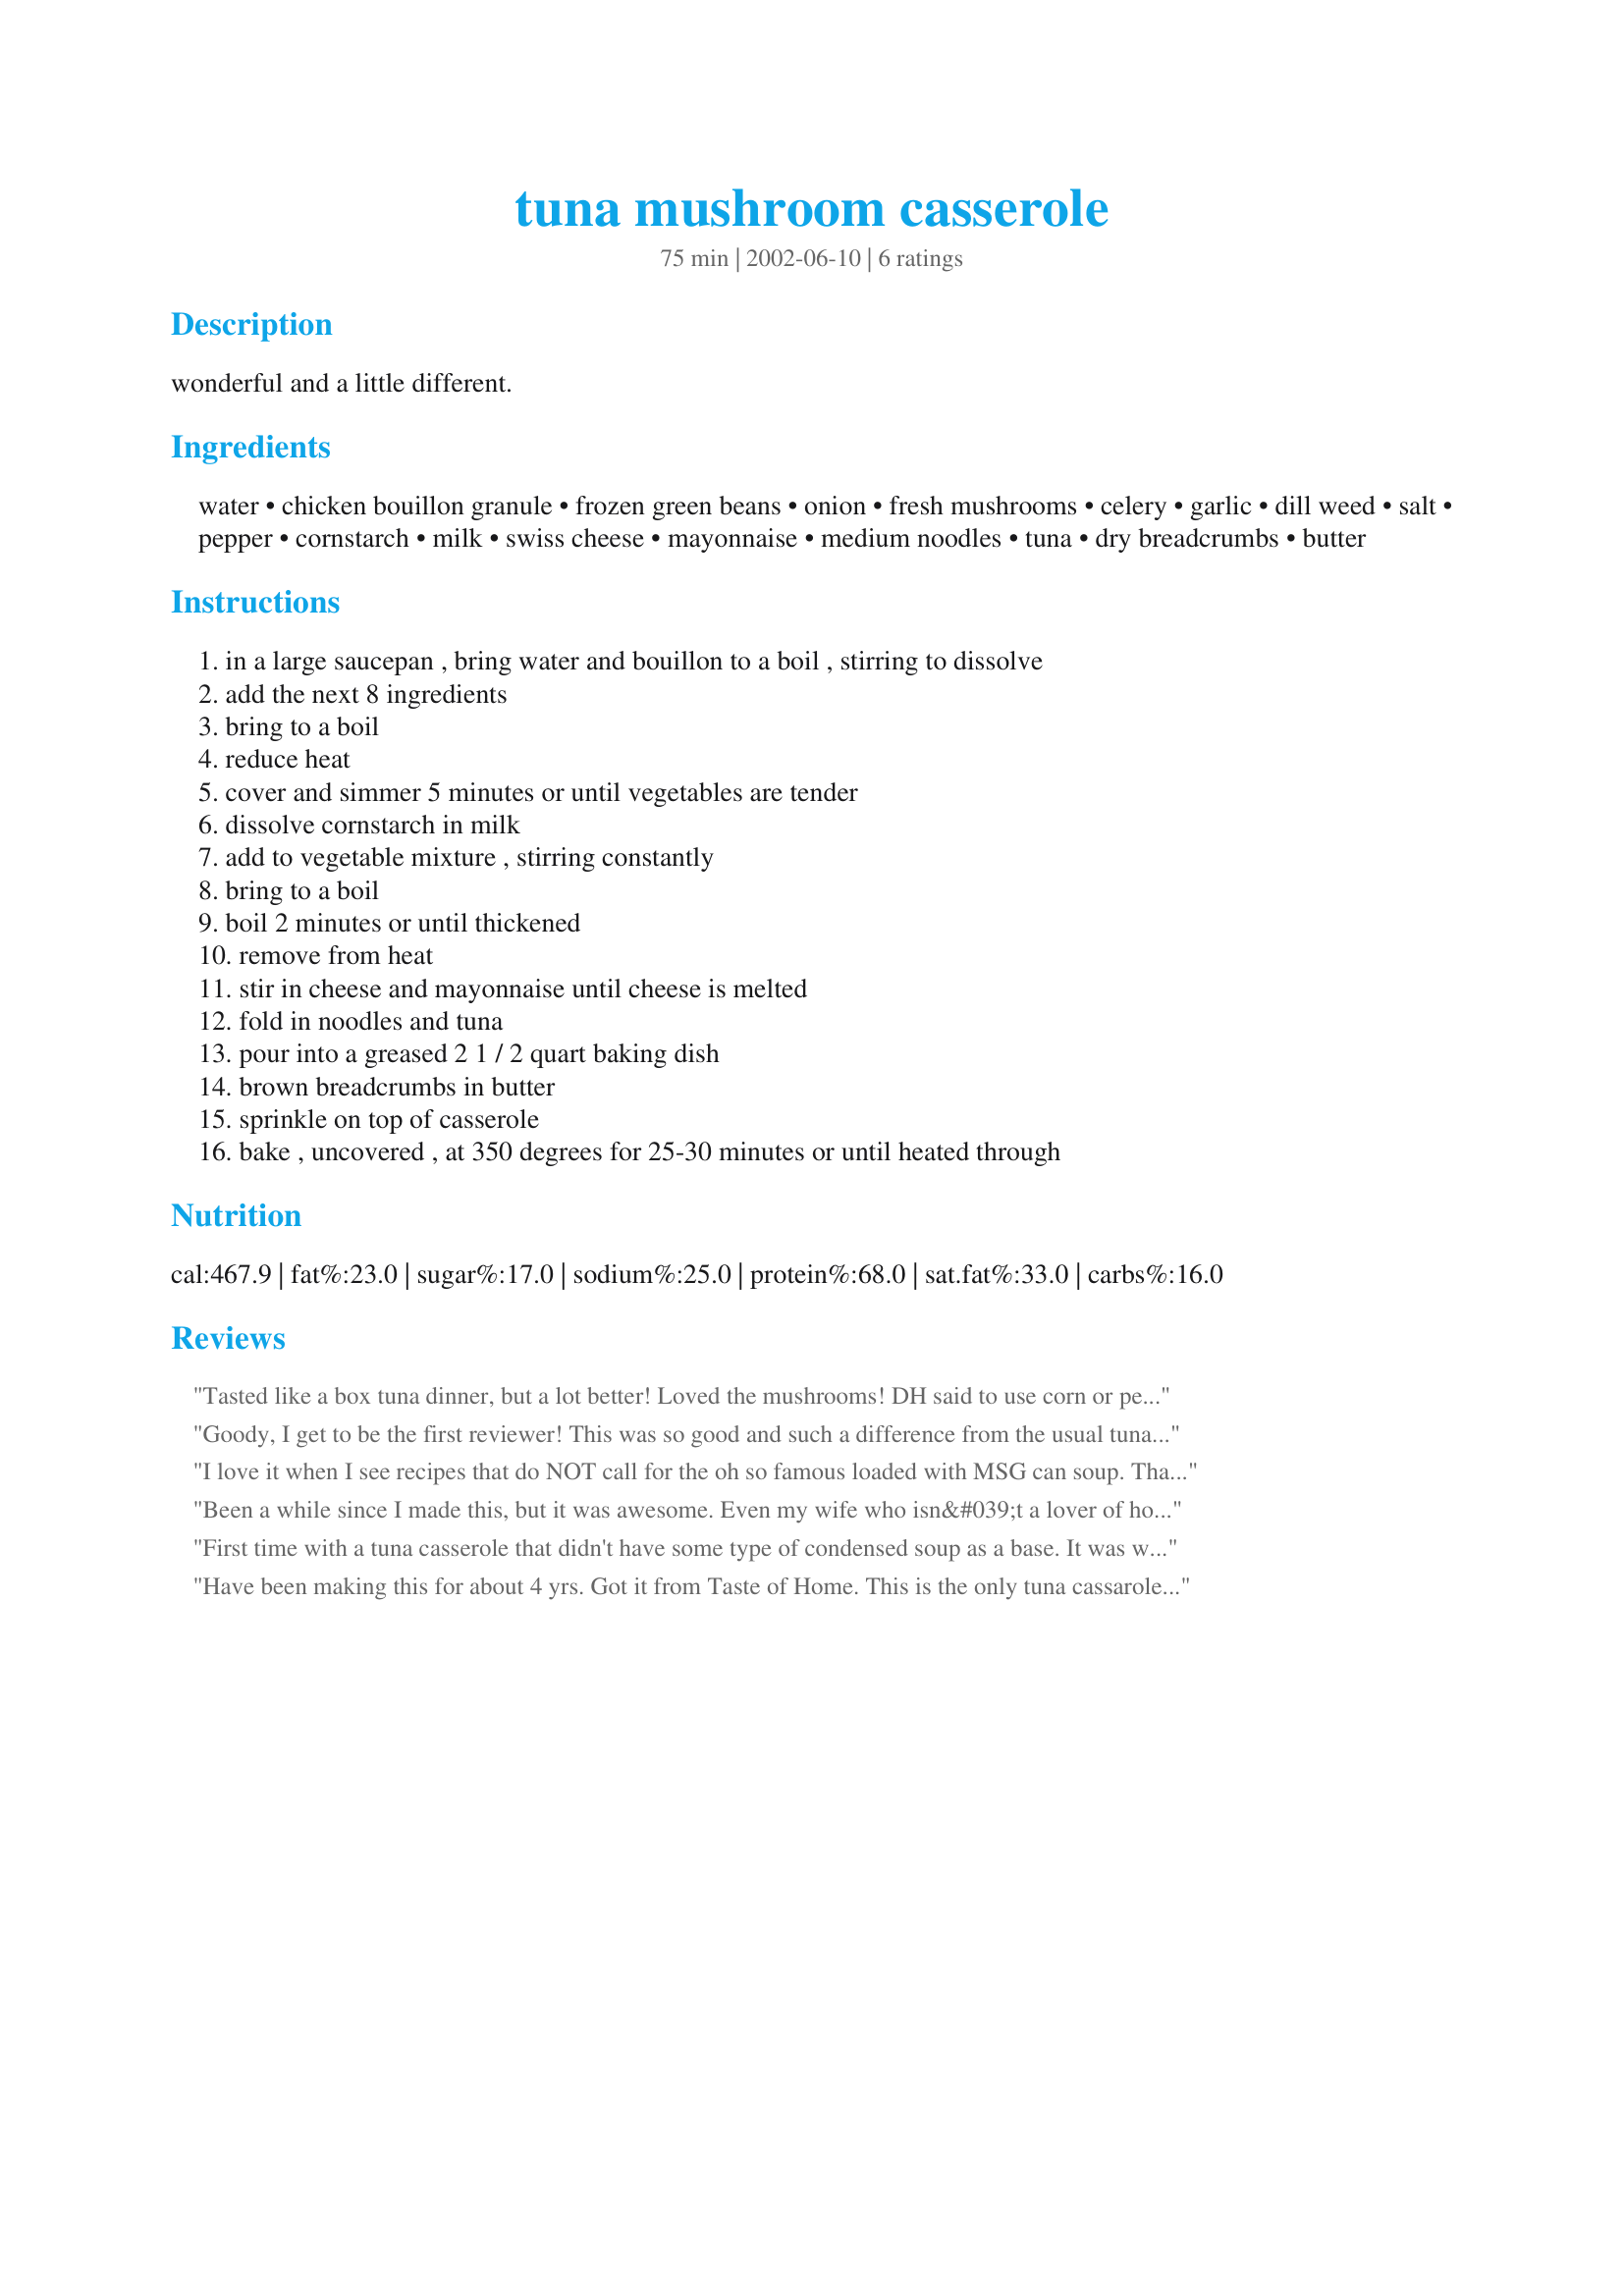
tuna mushroom casserole
Preparation time: 75 minutes

wonderful and a little different.

Ingredients:
water, chicken bouillon granule, frozen green beans, onion, fresh mushrooms, celery, garlic, dill weed, salt, pepper, cornstarch, milk, swiss cheese, mayonnaise, medium noodles, tuna, dry breadcrumbs, butter

Steps:
in a large saucepan , bring water and bouillon to a boil , stirring to dissolve, add the next 8 ingredients, bring to a boil, reduce heat, cover and simmer 5 minutes or until vegetables are tender, dissolve cornstarch in milk, add to vegetable mixture , stirring constantly, bring to a boil, boil 2 minutes or until thickened, remove from heat, stir in cheese and mayonnaise until cheese is melted, fold in noodles and tuna, pour into a greased 2 1 / 2 quart baking dish, brown breadcrumbs in butter, sprinkle on top of casserole, bake , uncovered , at 350 degrees for 25-30 minutes or until heated through

Reviews:
Tasted like a box tuna dinner, but a lot better! Loved the mushrooms! DH said to use corn or peas next time though. Thanks!
Goody, I get to be the first reviewer! This was so good and such a difference from the usual tuna noodle casserole. As usual I tweaked it - put in 6 oz of fresh spinach, because that's what I had, instead of green beans. I also used flavored bread crumbs. I have always used my mother's recipe that is so popular, but this is definitely going to be my recipe for tuna noodle casserole from now on (sorry Mom) Thanks Nurse Di - Carole in Orlando
I love it when I see recipes that do NOT call for the oh so famous loaded with MSG can soup.

Thanks for posting this wonderful recipe it is a keeper for sure.

Ri
Been a while since I made this, but it was awesome. Even my wife who isn&#039;t a lover of hot tuna, really enjoyed it. Di&#039;s stuff is so been all top notch.
First time with a tuna casserole that didn't have some type of condensed soup as a base. It was wonderful!!! I will be making tuna casserole with this recipe from now on. Thanks Nurse Di for posting this one!!!
Have been making this for about 4 yrs. Got it from Taste of Home. This is the only tuna cassarole I make, that says a lot. Thanx for posting
